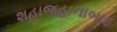
શહાજહાનાબાદ